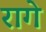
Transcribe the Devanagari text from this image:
रागे